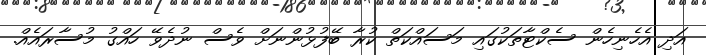
އަދި އެހެނިހެން ސެކްޓާތަކުގައި މަސައްކަތް ކުރާ ބޭފުޅުންނަށް ވެސް ނުދެވޭ ހައްގު މުސާރައެއް.